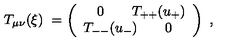
T _ { \mu \nu } ( \xi ) \ = \left( \begin{array} { l l } { \quad 0 \quad \quad T _ { + + } ( u _ { + } ) } \\ { T _ { -- } ( u _ { - } ) \quad \quad 0 } \\ \end{array} \right) \ ,